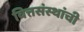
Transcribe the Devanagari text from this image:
वित्तसंस्थांची